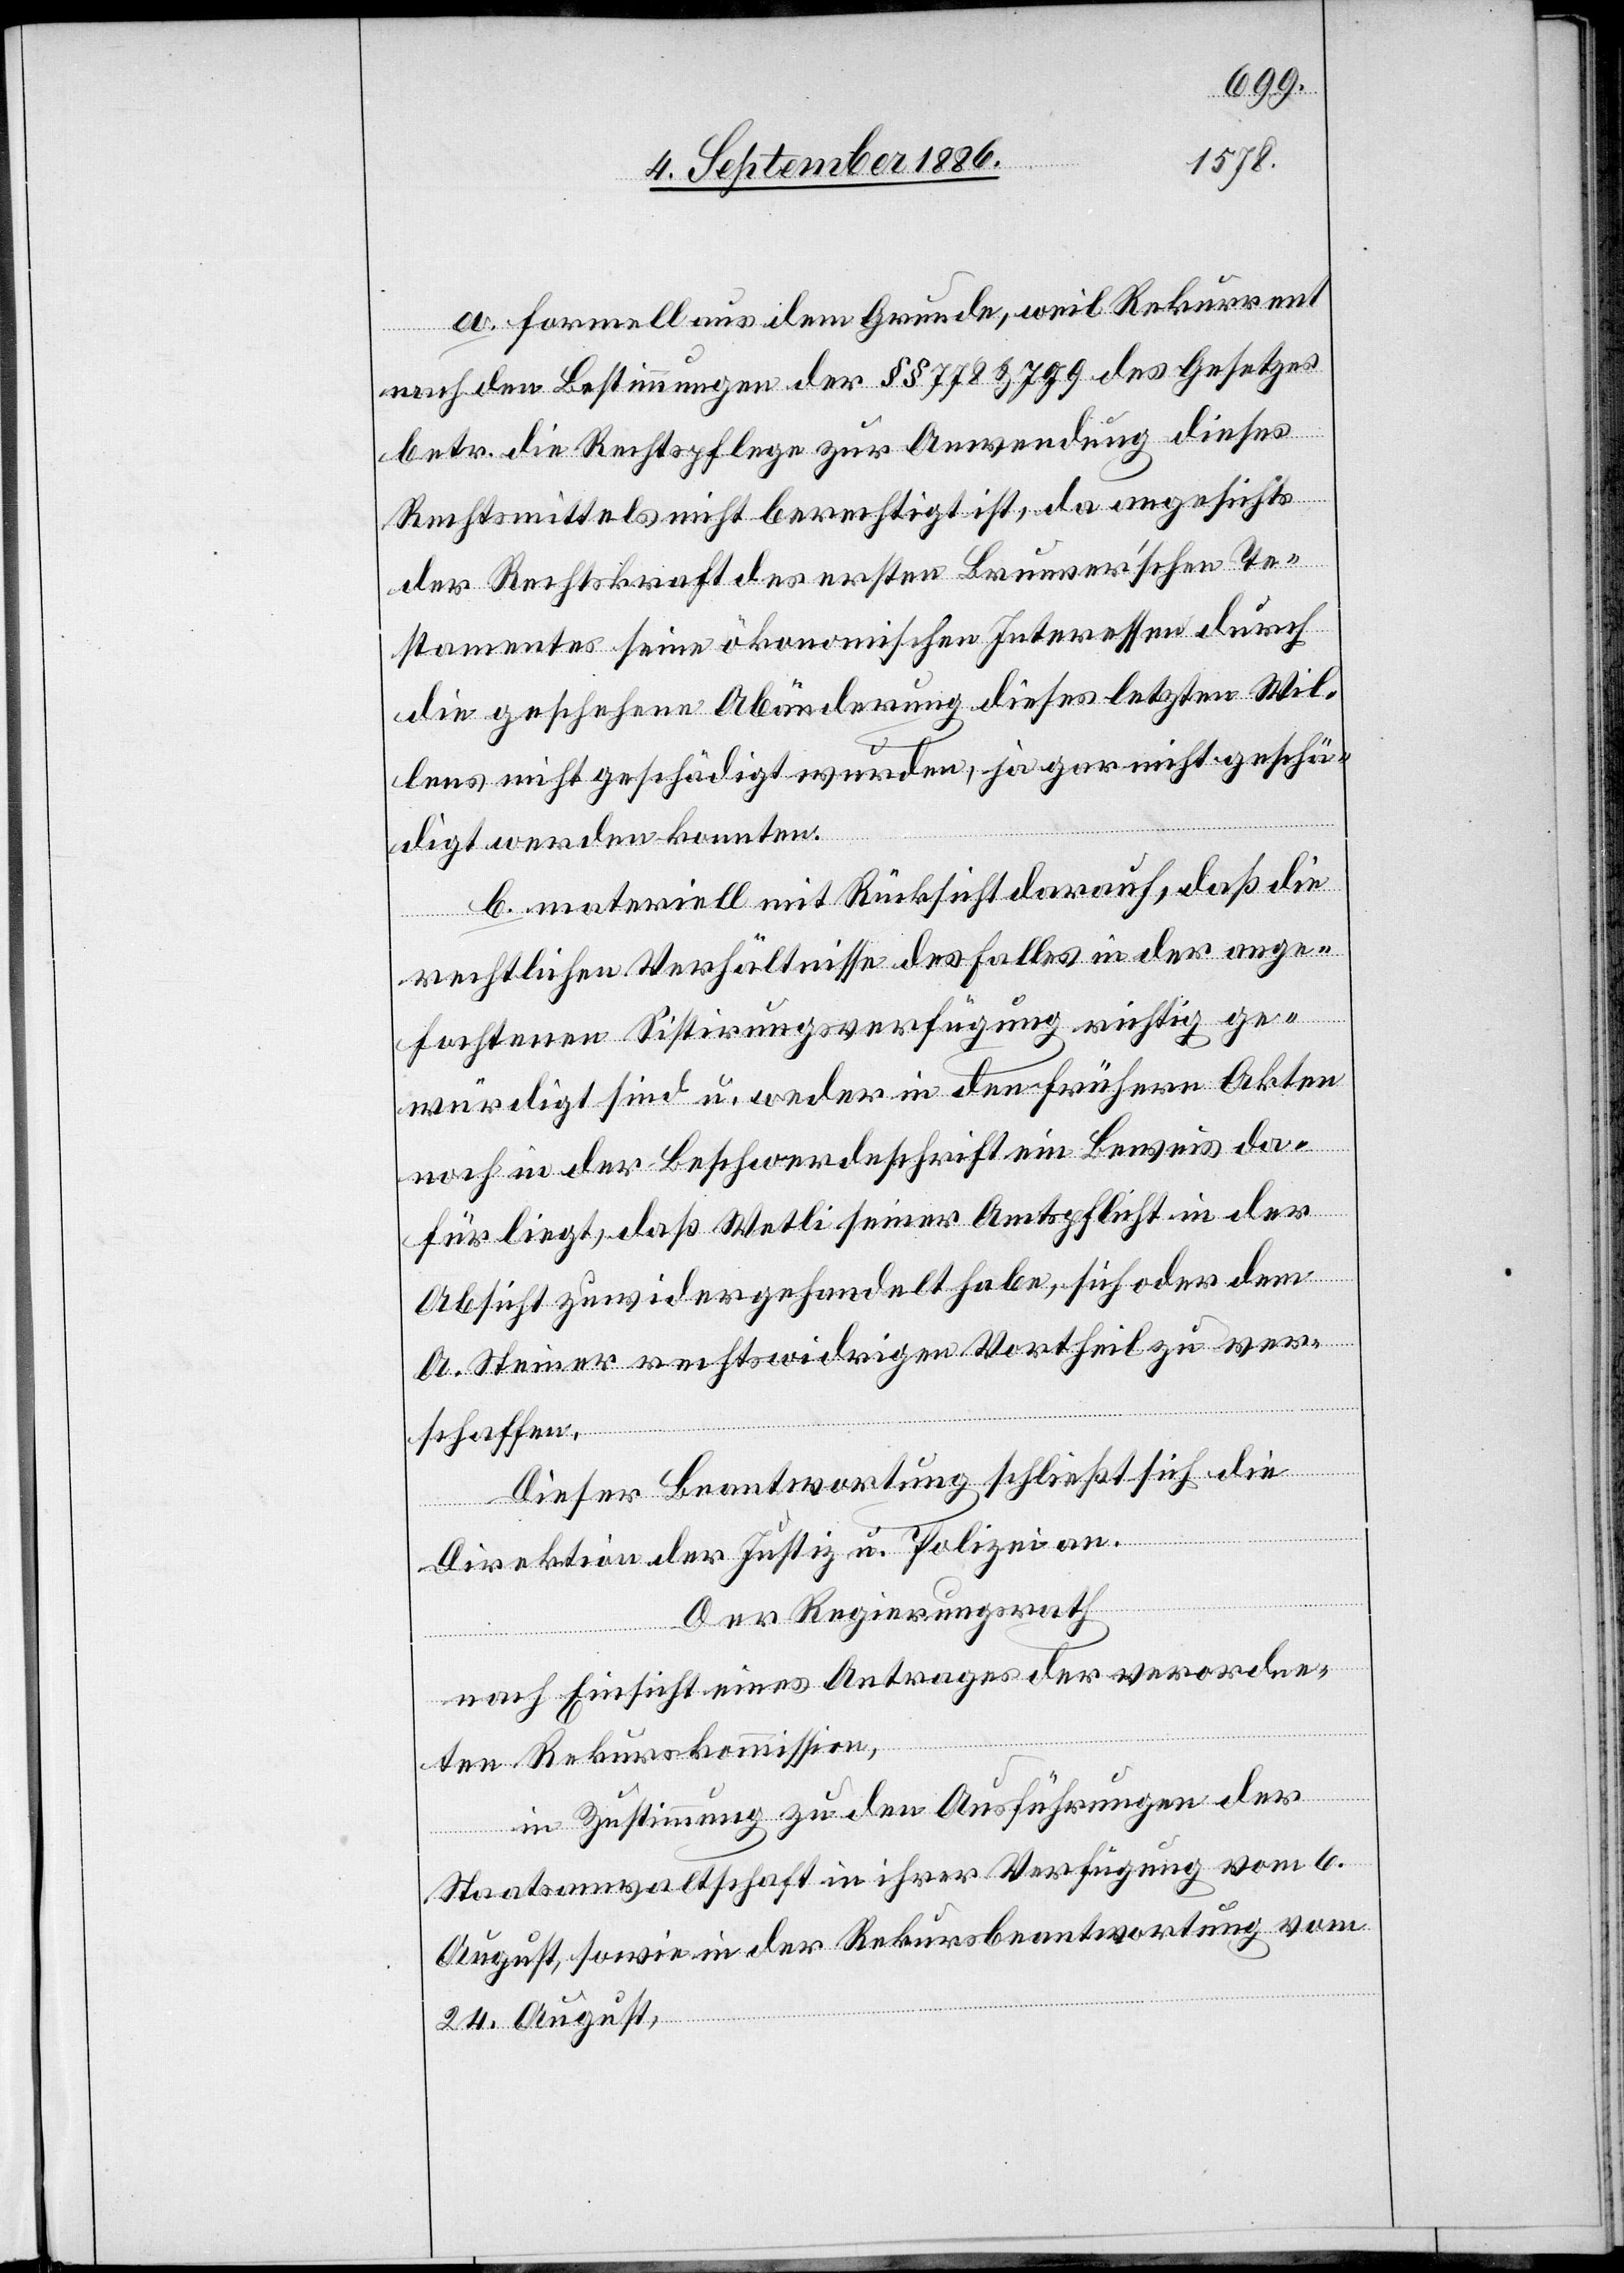
a. formell aus dem Grunde, weil Rekurrent
nach den Bestimmungen der §§ 778 & 799 des Gesetzes
betr. die Rechtspflege zur Anwendung dieses
Rechtsmittels nicht berechtigt ist, da angesichts
der Rechtskraft des ersten Brunnerʼschen Te¬
stamentes seine ökonomischen Interessen durch
die geschehene Abänderung dieses letzten Wil¬
lens nicht geschädigt wurden, ja gar nicht geschä¬
digt werden konnten.
b. materiell mit Rücksicht darauf, daß die
rechtlichen Verhältnisse des Falles in der ange¬
fochtenen Sistirungsverfügung richtig ge¬
würdigt sind u. weder in den frühern Akten
noch in der Beschwerdeschrift ein Beweis da¬
für liegt, daß Wetli seiner Amtspflicht in der
Absicht zuwidergehandelt habe, sich oder dem
A. Steiner rechtswidrigen Vortheil zu ver¬
schaffen.
Dieser Beantwortung schließt sich die
Direktion der Justiz u. Polizei an.
Der Regierungsrath
nach Einsicht eines Antrages der verordne¬
ten Rekurskommission,
in Zustimmung zu den Ausführungen der
Staatsanwaltschaft in ihrer Verfügung vom 6.
August, sowie in der Rekursbeantwortung vom
24. August,